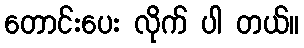
တောင်းပေး လိုက် ပါ တယ်။